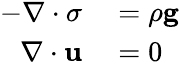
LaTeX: \begin{array}{rl}{-\nabla\cdot\sigma}&{{}=\rho\mathbf{g}}\\ {\nabla\cdot\mathbf{u}}&{{}=0}\end{array}